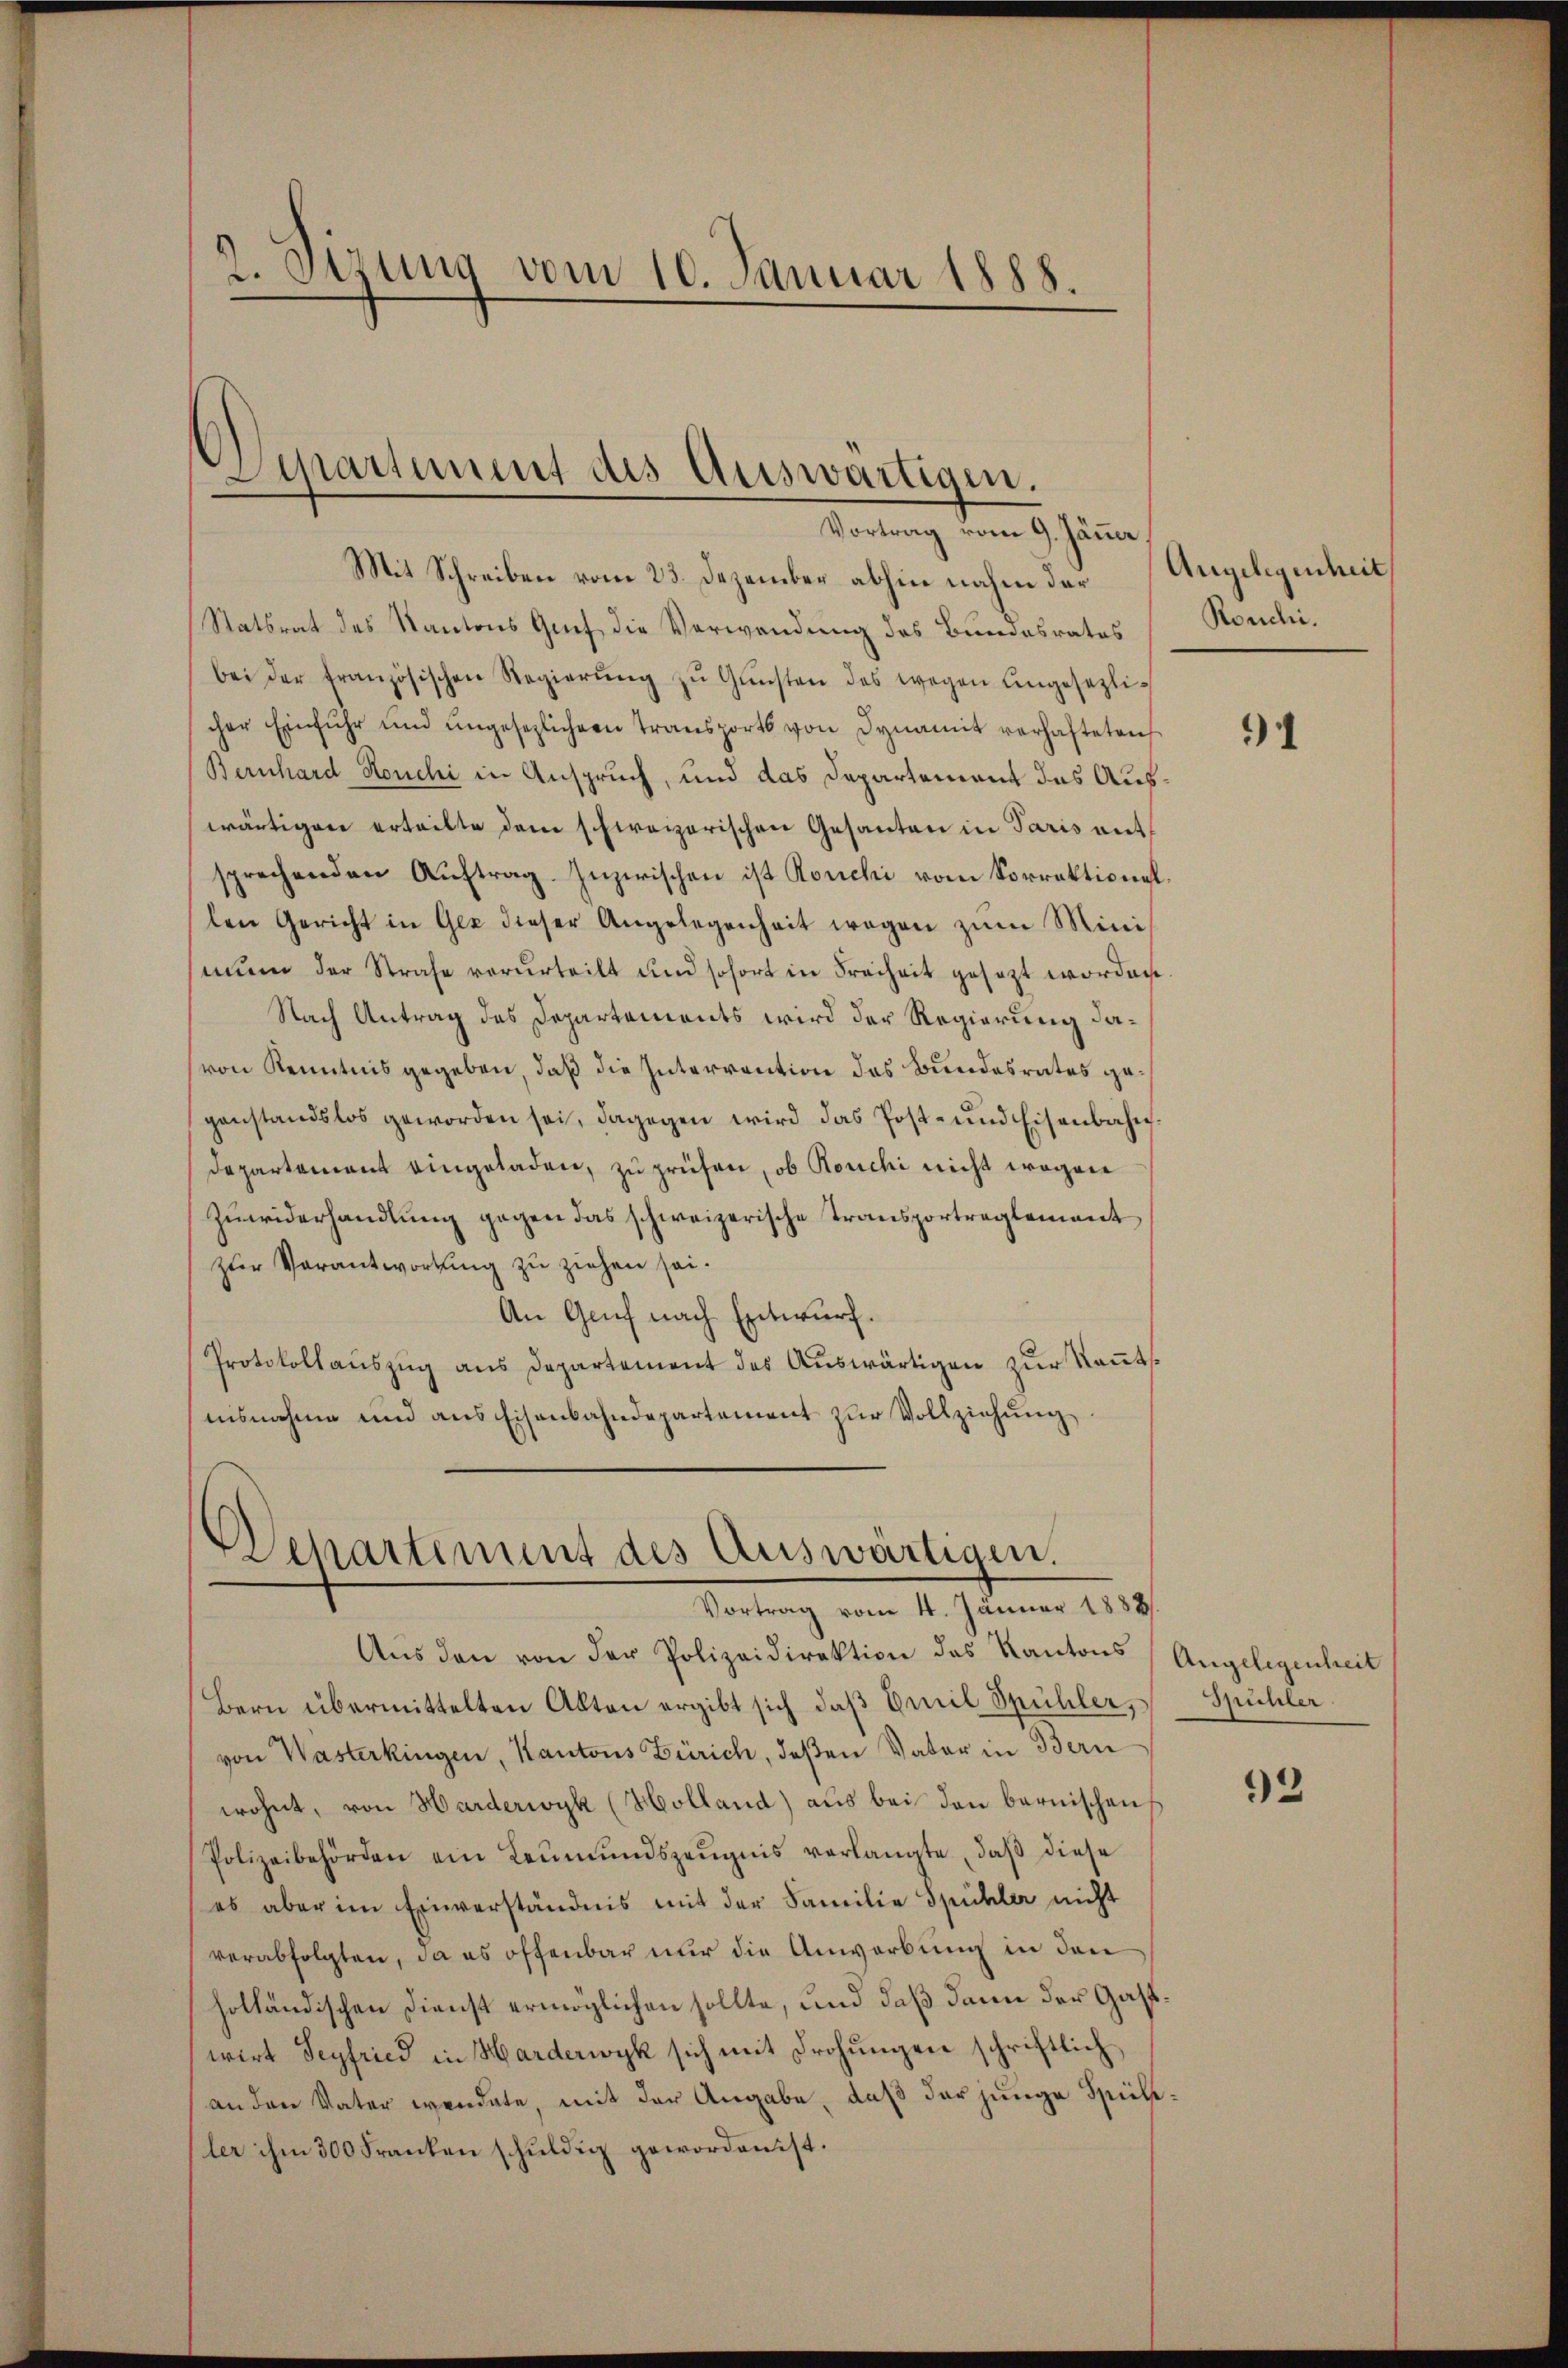
2. Sizung vom 10. Januar 1888.

Dipartement des Auswärtigen.
Vortrag vom 9. Jänner.

Mit Schreiben vom 23. Dezember abhin nahm der
Statsrat des Kantons Genf die Verwendung des Bundesrates
bei der französischen Regierŭng zŭ Gŭnsten des wegen Angesezlicher Einfuhr und ungesezlichern Transports von Dynamit verhafteten
Bernhard Honchi in Anspruch, und das Departement das Auswärtigen erteilte dem schweizerischen Gesanten in Paris mit
sprechenden Aŭftrag. Inzwischen ist Ronchi vom Sorrektionel.
len Gericht in Gez dieser Angelegenheit wegen zum Minimum der Strafe verurteilt und sofort in Freiheit gesezt worden.
Nach Antrag des Departements wird der Regierung davon Kenntnis gegeben, daß die Interrention des Bundesrates gegenstandslos geworden sei, dagegen wird das Post- und Eisenbahn¬
Departement eingeladen, zu prüfen, ob Rouchi nicht wegen
Zuwiderhandlung gegen das schweizerische Transportreglement
zur Verantwortung zu ziehen sei.
An Genf nach Entwurf.
Protokollauszug aus Departement des Auswärtigen zur Kants
nisnahme und aus Eisenbahndepartement zur Vollziehung

Sehartement des Auswärtigen.
Vortrag vom 4. Januar 1888.

Aŭs den von der Polizeidirektion des Kantons Angelegenheit
Bern übermittelten Akten ergibt sich daß Emil Spühler,
von Wasterkingen, Kantons Zürich, deßen Vater in Bern
wohnt, von Harderwyk (Holland) aus bei den bernischen
Polizeibehörden ein Leŭmŭndszeŭgnis verlangte, daβ diese
es aber im Einverständnis mit der Familie Spühler nicht
verabfolgten, da es offenbar nur die Anwerbung in den
holländischen Dienst ermöglichen sollte, und daß dann der Gastwirt Seyfried in Harderwyk sich mit Drohungen schriftlich
an den Vater wendete, mit der Angabe, daß der junge Spickler ihm 300 Franken schuldig geworden ist.

Angelegenheit
Ronchi.

91

Spühler

92